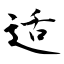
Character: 适